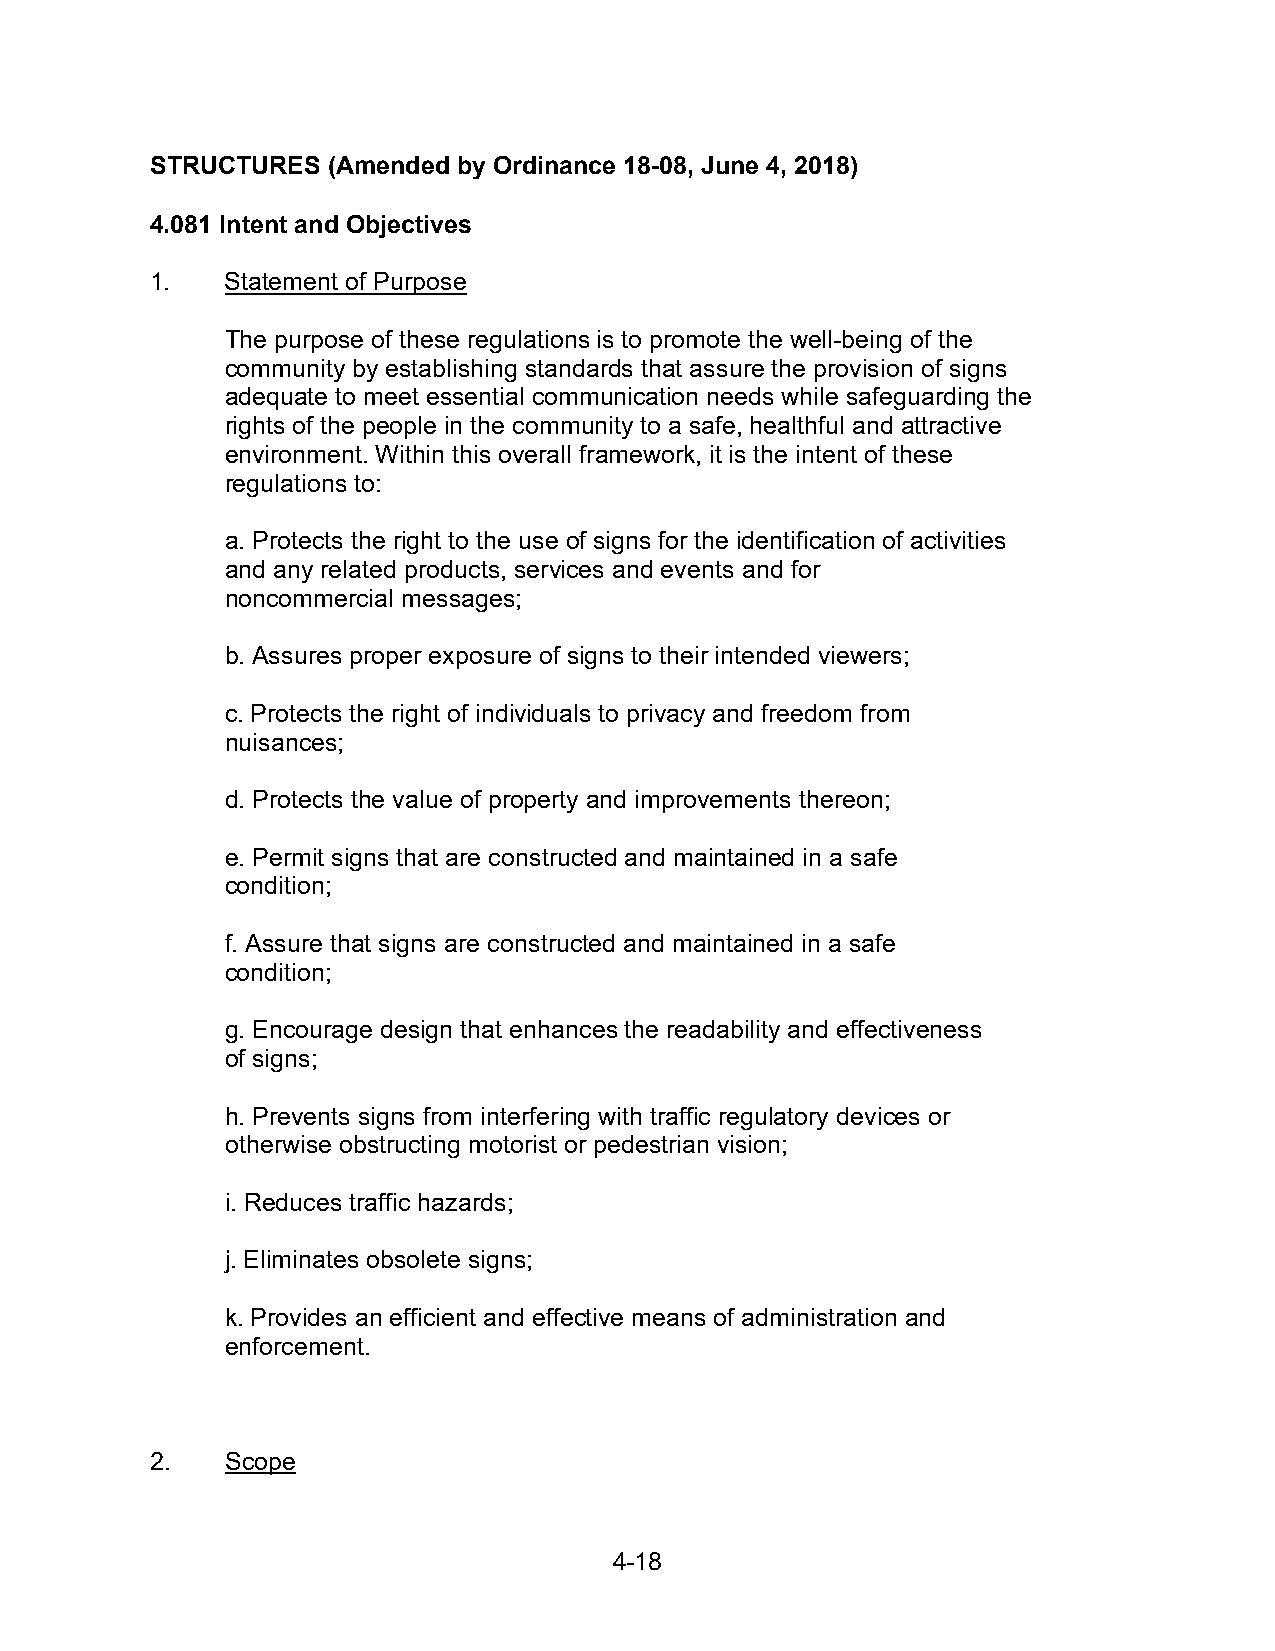
STRUCTURES  (Amended by Ordinance 18-08, June 4, 2018)
 4.081 Intent and Objectives
 1.   Statement of Purpose
 The purpose of these regulations is to promote the well-being of the
 community by establishing standards that assure the provision of signs
 adequate to meet essential communication needs while safeguarding the
 rights of the people in the community to a safe, healthful and attractive
 environment. Within this overall framework, it is the intent of these
 regulations to:
 a. Protects the right to the use of signs for the identification of activities
 and any related products, services and events and for
 noncommercial messages;
 b. Assures proper exposure of signs to their intended viewers;
 c. Protects the right of individuals to privacy and freedom from
 nuisances;
 d. Protects the value of property and improvements thereon;
 e. Permit signs that are constructed and maintained in a safe
 condition;
 f. Assure that signs are constructed and maintained in a safe
 condition;
 g. Encourage design that enhances the readability and effectiveness
 of signs;
 h. Prevents signs from interfering with traffic regulatory devices or
 otherwise obstructing motorist or pedestrian vision;
 i. Reduces traffic hazards;
 j. Eliminates obsolete signs;
 k. Provides an efficient and effective means of administration and
 enforcement.
 2.   Scope
 4-18